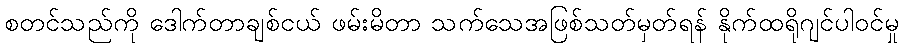
စတင်သည်ကို ဒေါက်တာချစ်ငယ် ဖမ်းမိတာ သက်သေအဖြစ်သတ်မှတ်ရန် နိုက်ထရိုဂျင်ပါဝင်မှု